Report of the Indian Hemp Drugs Commission, 1894-1895 - Volume IV
Year: 1894
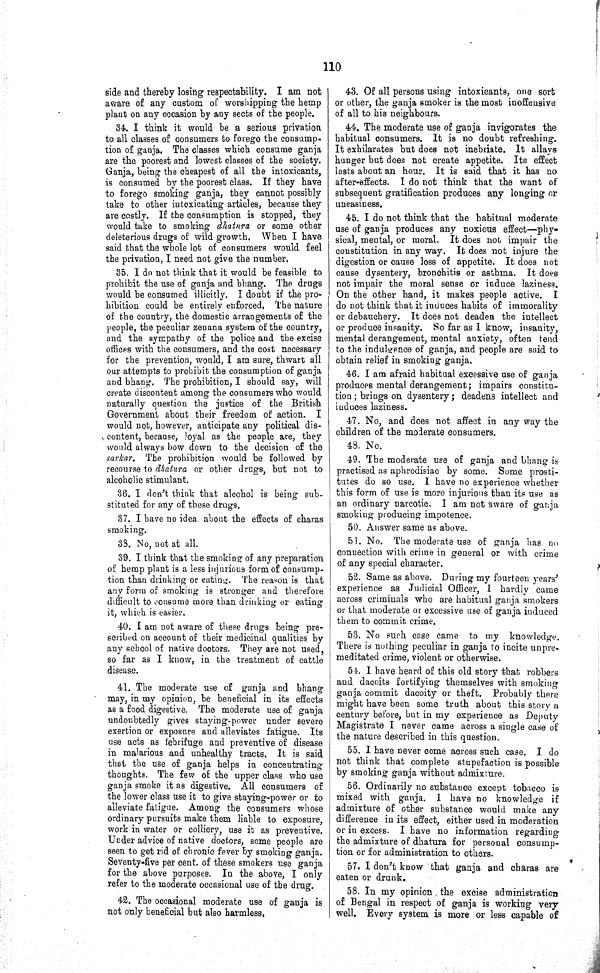
110
side and thereby losing respectability. I am not
aware of any custom of worshipping the hemp
plant on any occasion by any sects of the people.
34. I think it would be a serious privation
to all classes of consumers to forego the consump¬
tion of ganja. The classes which consume ganja
are the poorest and lowest classes of the society.
Ganja, being the cheapest of all the intoxicants,
is consumed by the poorest class. If they have
to forego smoking ganja, they cannot possibly
take to other intoxicating articles, because they
are costly. If the consumption is stopped, they
would take to smoking dhatura or some other
deleterious drugs of wild growth. When I have
said that the whole lot of consumers would feel
the privation, I need not give the number.
35. I do not think that it would be feasible to
prohibit the use of ganja and bhang. The drugs
would be consumed illicitly. I doubt if the pro¬
hibition could be entirely enforced. The nature
of the country, the domestic arrangements of the
people, the peculiar zenana system of the country,
and the sympathy of the police and the excise
offices with the consumers, and the cost necessary
for the prevention, would, I am sure, thwart all
our attempts to prohibit the consumption of ganja
and bhang. The prohibition, I should say, will
create discontent among the consumers who would
naturally question the justice of the British
Government about their freedom of action. I
would not, however, anticipate any political dis-
content, because, loyal as the people are, they
would always bow down to the decision of the
sarkar. The prohibition would be followed by
recourse to dhatura or other drugs, but not to
alcoholic stimulant.
36. I don't think that alcohol is being sub¬
stituted for any of these drugs.
37. I have no idea about the effects of charas
smoking.
33. No, not at all.
39. I think that the smoking of any preparation
of hemp plant is a less injurious form of consump¬
tion than drinking or eating. The reason is that
any form of smoking is stronger and therefore
difficult to consume more than drinking or eating
it, which is easier.
40. I am not aware of these drugs being pre¬
scribed on account of their medicinal qualities by
any school of native doctors. They are not used,
so far as I know, in the treatment of cattle
disease.
41. The moderate use of ganja and bhang
may, in my opinion, be beneficial in its effects
as a food digestive. The moderate use of ganja
undoubtedly gives staying-power under severe
exertion or exposure and alleviates fatigue. Its
use acts as febrifuge and preventive of disease
in malarious and unhealthy tracts. It is said
that the use of ganja helps in concentrating
thoughts. The few of the upper class who use
ganja smoke it as digestive. All consumers of
the lower class use it to give staying-power or to
alleviate fatigue. Among the consumers whose
ordinary pursuits make them liable to exposure,
work in water or colliery, use it as preventive.
Under advice of native doctors, some people are
seen to get rid of chronic fever by smoking ganja.
Seventy-five per cent. of these smokers use ganja
for the above purposes. In the above, I only
refer to the moderate occasional use of the drug.
42. The occasional moderate use of ganja is
not only beneficial but also harmless,
43. Of all persons using intoxicants, one sort
or other, the ganja smoker is the most inoffensive
of all to his neighbours.
44. The moderate use of ganja invigorates the
habitual consumers. It is no doubt refreshing.
It exhilarates but does not inebriate. It allays
hunger but does not create appetite. Its effect
lasts about an hour. It is said that it has no
after-effects. I do not think that the want of
subsequent gratification produces any longing or
uneasiness.
45. I do not think that the habitual moderate
use of ganja produces any noxious effect—phy¬
sical, mental, or moral. It does not impair the
constitution in any way. It does not injure the
digestion or cause loss of appetite. It does not
cause dysentery, bronchitis or asthma. It does
not impair the moral sense or induce laziness.
On the other hand, it makes people active. I
do not think that it induces habits of immorality
or debauchery. It does not deaden the intellect
or produce insanity. So far as I know, insanity,
mental derangement, mental anxiety, often tend
to the indulgence of ganja, and people are said to
obtain relief in smoking ganja.
46. I am afraid habitual excessive use of ganja
produces mental derangement; impairs constitu¬
tion; brings on dysentery; deadens intellect and
induces laziness.
47. No, and does not affect in any way the
children of the moderate consumers.
48. No.
49. The moderate use of ganja and bhang is
practised as aphrodisiac by some. Some prosti¬
tutes do so use. I have no experience whether
this form of use is more injurious than its use as
an ordinary narcotic. I am not aware of ganja
smoking producing impotence.
50. Answer same as above.
51. No. The moderate use of ganja has no
connection with crime in general or with crime
of any special character.
52. Same as above. During my fourteen years'
experience as Judicial Officer, I hardly came
across criminals who are habitual ganja smokers
or that moderate or excessive use of ganja induced
them to commit crime.
53. No such case came to my knowledge.
There is nothing peculiar in ganja to incite unpre¬
meditated crime, violent or otherwise.
54. I have heard of this old story that robbers
and dacoits fortifying themselves with smoking
ganja commit dacoity or theft. Probably there
might have been some truth about this story a
century before, but in my experience as Deputy
Magistrate I never came across a single case of
the nature described in this question.
55. I have never come across such case. I do
not think that complete stupefaction is possible
by smoking ganja without admixture.
56. Ordinarily no substance except tobacco is
mixed with ganja. I have no knowledge if
admixture of other substance would make any
difference in its effect, either used in moderation
or in excess. I have no information regarding
the admixture of dhatura for personal consump¬
tion or for administration to others.
57. I don't know that ganja and charas are
eaten or drunk.
58. In my opinion the excise administration
of Bengal in respect of ganja is working very
well. Every system is more or less capable of